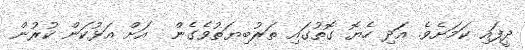
ދީފައި ކަމަށެވެ. އަދި ހެޔޮ ގޮތުގައި ތަރުބިޔަތުވެގެން  އަށް އަޅުކަން ކުރުން